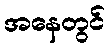
အနေတွင်